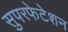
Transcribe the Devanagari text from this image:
सुपरफेटेशन